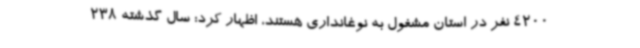
4200 نفر در استان مشغول به نوغانداری هستند، اظهار کرد: سال گذشته 238